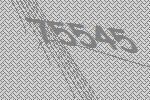
75545